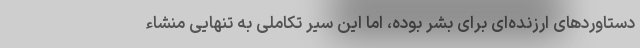
دستاوردهای ارزنده‌ای برای بشر بوده، اما این سیر تکاملی به تنهایی منشاء